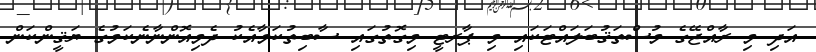
އަދި މި ރާއްޖޭގެ މުސްތަޤުބަލައްޓަކައި މި ޕާރޓީ މިގޮތުގައި ސާބިތުކަމާއެކު ދެމިއޮންނާނެކަމުގެ ޔަޤީންކަން